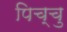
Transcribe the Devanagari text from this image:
पिच्चु